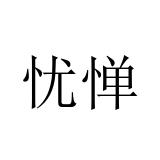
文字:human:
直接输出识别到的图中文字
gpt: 忧惮